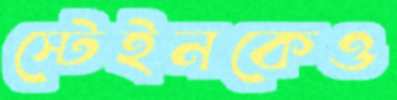
স্টেইনকেও